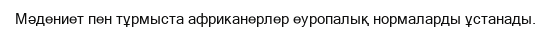
Мәдениет пен тұрмыста африканерлер еуропалық нормаларды ұстанады.